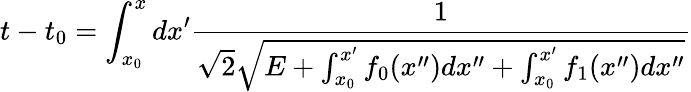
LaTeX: t-t_{0}=\int_{x_{0}}^{x}dx^{\prime}\frac{1}{\sqrt{2}\sqrt{E+\int_{x_{0}}^{x^{\prime}}f_{0}(x^{\prime\prime})dx^{\prime\prime}+\int_{x_{0}}^{x^{\prime}}f_{1}(x^{\prime\prime})dx^{\prime\prime}}}